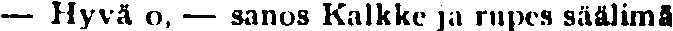
— Hyvä o, — sanos Kalkke ja rupes säälimä